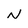
Character: N